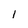
Character: 1